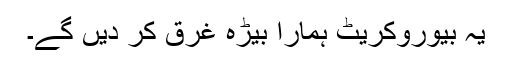
یہ بیوروکریٹ ہمارا بیڑہ غرق کر دیں گے۔